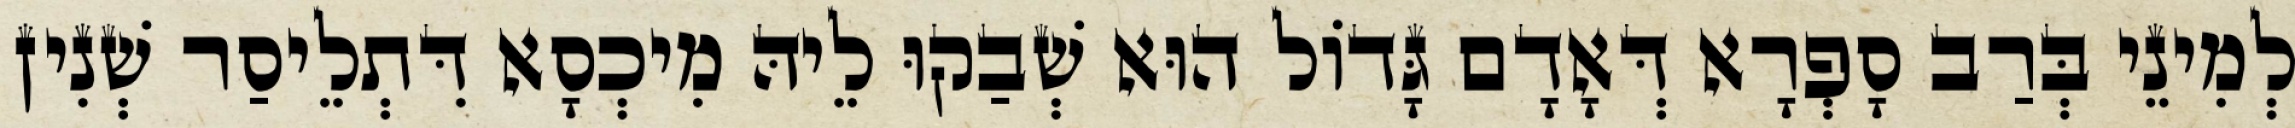
לְמִינֵי בְּרַב סָפְרָא דְּאָדָם גָּדוֹל הוּא שְׁבַקוּ לֵיהּ מִיכְסָא דִּתְלֵיסַר שְׁנִין